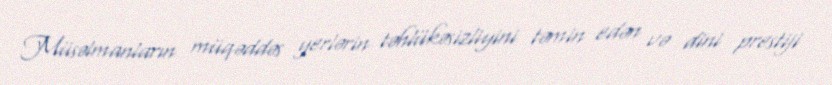
Müsəlmanların müqəddəs yerlərin təhlükəsizliyini təmin edən və dini prestiji